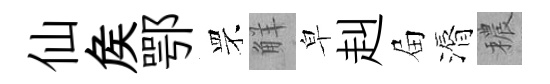
仙矦鄂罘觧皁赳屇漘穠